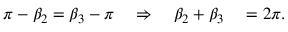
\begin{array} { r l } { \pi - \beta _ { 2 } = \beta _ { 3 } - \pi \quad \Rightarrow \quad \beta _ { 2 } + \beta _ { 3 } } & { { } = 2 \pi . } \end{array}